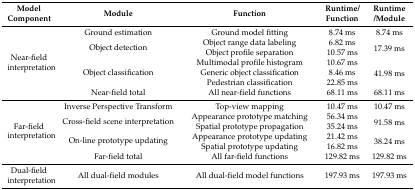
<table><thead><tr><td><b>Model Component</b></td><td><b>Module</b></td><td><b>Function</b></td><td><b>Runtime/Function</b></td><td><b>Runtime /Module</b></td></tr></thead><tbody><tr><td rowspan="7">Near-field interpretation</td><td>Ground estimation</td><td>Ground model fitting</td><td>8.74 ms</td><td>8.74 ms</td></tr><tr><td rowspan="2">Object detection</td><td>Object range data labeling</td><td>6.82 ms</td><td rowspan="2">17.39 ms</td></tr><tr><td>Object profile separation</td><td>10.57 ms</td></tr><tr><td rowspan="3">Object classification</td><td>Multimodal profile histogram</td><td>10.67 ms</td><td rowspan="3">41.98 ms</td></tr><tr><td>Generic object classification</td><td>8.46 ms</td></tr><tr><td>Pedestrian classification</td><td>22.85 ms</td></tr><tr><td>Near-field total</td><td>All near-field functions</td><td>68.11 ms</td><td>68.11 ms</td></tr><tr><td rowspan="6">Far-field interpretation</td><td>Inverse Perspective Transform</td><td>Top-view mapping</td><td>10.47 ms</td><td>10.47 ms</td></tr><tr><td rowspan="2">Cross-field scene interpretation</td><td>Appearance prototype matching</td><td>56.34 ms</td><td rowspan="2">91.58 ms</td></tr><tr><td>Spatial prototype propagation</td><td>35.24 ms</td></tr><tr><td rowspan="2">On-line prototype updating</td><td>Appearance prototype updating</td><td>21.42 ms</td><td rowspan="2">38.24 ms</td></tr><tr><td>Spatial prototype updating</td><td>16.82 ms</td></tr><tr><td>Far-field total</td><td>All far-field functions</td><td>129.82 ms</td><td>129.82 ms</td></tr><tr><td>Dual-field interpretation</td><td>All dual-field modules</td><td>All dual-field model functions</td><td>197.93 ms</td><td>197.93 ms</td></tr></tbody></table>